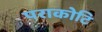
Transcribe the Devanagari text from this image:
पराकोटि